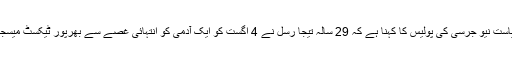
امریکی ریاست نیو جرسی کی پولیس کا کہنا ہے کہ 29 سالہ تیجا رسل نے 4 اگست کو ایک آدمی کو انتہائی غصے سے بھرپور ٹیکسٹ میسجز بھیجے ۔